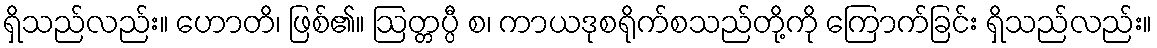
ရှိသည်လည်း။ ဟောတိ၊ ဖြစ်၏။ ဩတ္တပ္ပီ စ၊ ကာယဒုစရိုက်စသည်တို့ကို ကြောက်ခြင်း ရှိသည်လည်း။